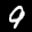
Label: 9